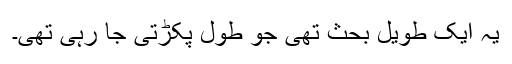
یہ ایک طویل بحث تھی جو طول پکڑتی جا رہی تھی۔